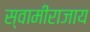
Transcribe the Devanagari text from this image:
स्वामीराजाय